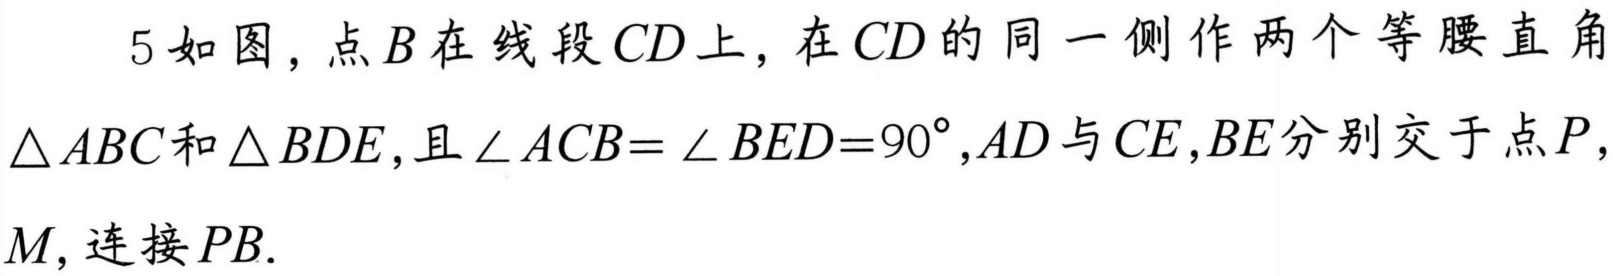
5 如图，点\(B\)在线段\(CD\)上，在\(CD\)的同一侧作两个等腰直角\(\triangle ABC\)和\(\triangle BDE\)，且\(\angle ACB = \angle BED = 90^{\circ},AD\)与\(CE,BE\)分别交于点\(P\)，\(M\)，连接\(PB\).